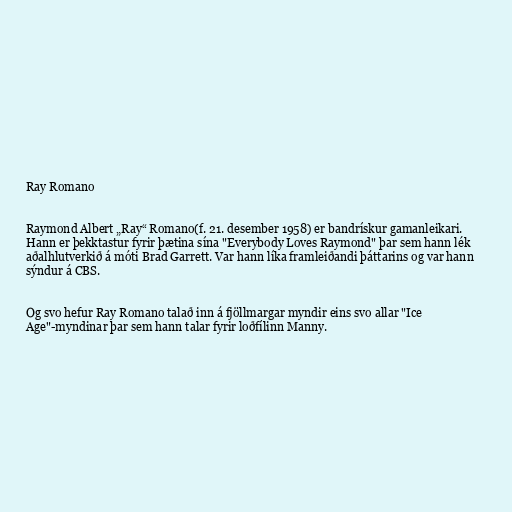
Ray Romano

Raymond Albert „Ray“ Romano(f. 21. desember 1958) er bandrískur gamanleikari.
Hann er þekktastur fyrir þætina sína "Everybody Loves Raymond" þar sem hann lék
aðalhlutverkið á móti Brad Garrett. Var hann líka framleiðandi þáttarins og var hann
sýndur á CBS.

Og svo hefur Ray Romano talað inn á fjöllmargar myndir eins svo allar "Ice
Age"-myndinar þar sem hann talar fyrir loðfílinn Manny.